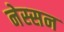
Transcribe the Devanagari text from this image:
नेस्‍सन